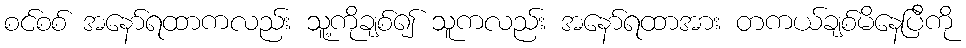
စင်စစ် အနော်ရထာကလည်း သူ့ကိုချစ်၍ သူကလည်း အနော်ရထာအား တကယ်ချစ်မိနေပြီကို